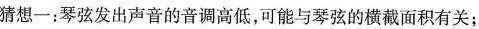
猜想一：琴弦发出声音的音调高低，可能与琴弦的横截面积有关；